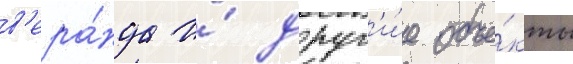
в'ера́нда и́ друг'и́е объе́кты